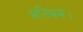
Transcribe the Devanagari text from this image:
मतिभ्रम।